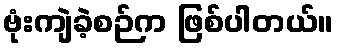
ဗုံးကျဲခဲ့စဉ်က ဖြစ်ပါတယ်။